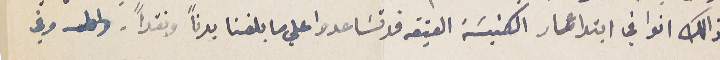
ذالك انوا في ابتدا عمار الكنيسَة العتيقه قد تسَاعدوا علي ما بلغنا بدنًا ونقدًا. وفي